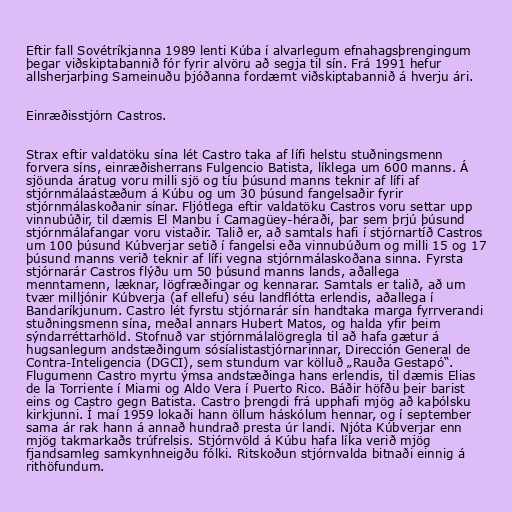
Eftir fall Sovétríkjanna 1989 lenti Kúba í alvarlegum efnahagsþrengingum
þegar viðskiptabannið fór fyrir alvöru að segja til sín. Frá 1991 hefur
allsherjarþing Sameinuðu þjóðanna fordæmt viðskiptabannið á hverju ári.

Einræðisstjórn Castros.

Strax eftir valdatöku sína lét Castro taka af lífi helstu stuðningsmenn
forvera síns, einræðisherrans Fulgencio Batista, líklega um 600 manns. Á
sjöunda áratug voru milli sjö og tíu þúsund manns teknir af lífi af
stjórnmálaástæðum á Kúbu og um 30 þúsund fangelsaðir fyrir
stjórnmálaskoðanir sínar. Fljótlega eftir valdatöku Castros voru settar upp
vinnubúðir, til dæmis El Manbu í Camagüey-héraði, þar sem þrjú þúsund
stjórnmálafangar voru vistaðir. Talið er, að samtals hafi í stjórnartíð Castros
um 100 þúsund Kúbverjar setið í fangelsi eða vinnubúðum og milli 15 og 17
þúsund manns verið teknir af lífi vegna stjórnmálaskoðana sinna. Fyrsta
stjórnarár Castros flýðu um 50 þúsund manns lands, aðallega
menntamenn, læknar, lögfræðingar og kennarar. Samtals er talið, að um
tvær milljónir Kúbverja (af ellefu) séu landflótta erlendis, aðallega í
Bandaríkjunum. Castro lét fyrstu stjórnarár sín handtaka marga fyrrverandi
stuðningsmenn sína, meðal annars Hubert Matos, og halda yfir þeim
sýndarréttarhöld. Stofnuð var stjórnmálalögregla til að hafa gætur á
hugsanlegum andstæðingum sósíalistastjórnarinnar, Dirección General de
Contra-Inteligencia (DGCI), sem stundum var kölluð „Rauða Gestapó“.
Flugumenn Castro myrtu ýmsa andstæðinga hans erlendis, til dæmis Elias
de la Torriente í Miami og Aldo Vera í Puerto Rico. Báðir höfðu þeir barist
eins og Castro gegn Batista. Castro þrengdi frá upphafi mjög að kaþólsku
kirkjunni. Í maí 1959 lokaði hann öllum háskólum hennar, og í september
sama ár rak hann á annað hundrað presta úr landi. Njóta Kúbverjar enn
mjög takmarkaðs trúfrelsis. Stjórnvöld á Kúbu hafa líka verið mjög
fjandsamleg samkynhneigðu fólki. Ritskoðun stjórnvalda bitnaði einnig á
rithöfundum.